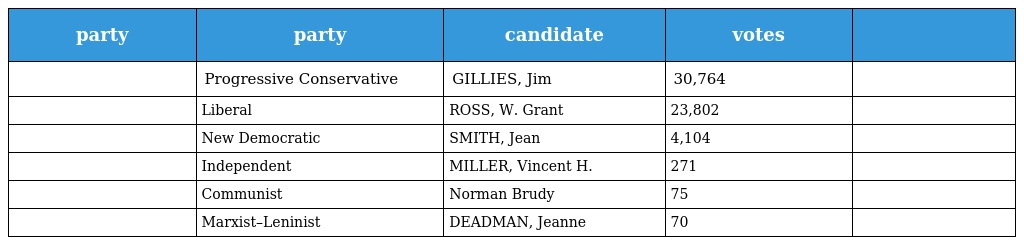
| party | party | candidate | votes |  |
 | --- | --- | --- | --- | --- |
 |  | Progressive Conservative | GILLIES, Jim | 30,764 |  |
 |  | Liberal | ROSS, W. Grant | 23,802 |  |
 |  | New Democratic | SMITH, Jean | 4,104 |  |
 |  | Independent | MILLER, Vincent H. | 271 |  |
 |  | Communist | Norman Brudy | 75 |  |
 |  | Marxist–Leninist | DEADMAN, Jeanne | 70 |  |